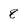
Character: 8